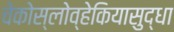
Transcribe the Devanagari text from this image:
चेकोस्लोव्हेकियासुद्धा